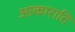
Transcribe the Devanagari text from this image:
आकारादि